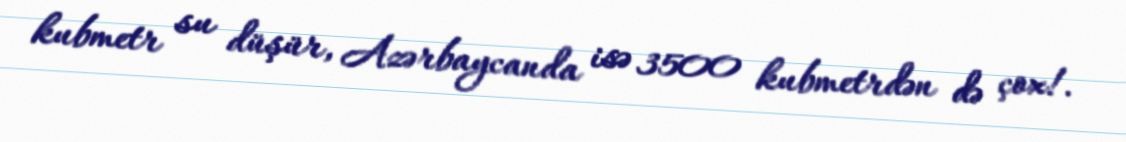
kubmetr su düşür, Azərbaycanda isə 3500 kubmetrdən də çox!.